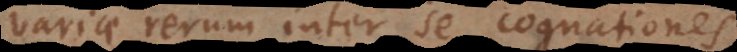
variae rerum inter se cognationes,